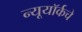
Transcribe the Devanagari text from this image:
न्यूयॉर्कचे